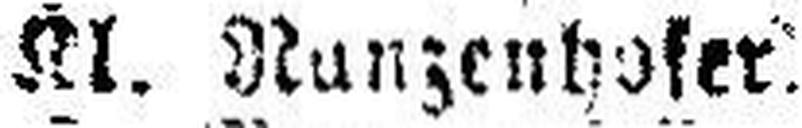
Kl. Nunzenhofer.